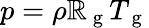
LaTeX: p=\rho\mathbb{R}_{\mathrm{{~g~}}}T_{\mathrm{{~g~}}}